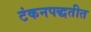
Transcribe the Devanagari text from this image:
टंकनपद्धतीत